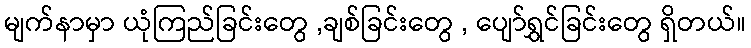
မျက်နာမှာ ယုံကြည်ခြင်းတွေ ,ချစ်ခြင်းတွေ , ပျော်ရွှင်ခြင်းတွေ ရှိတယ်။